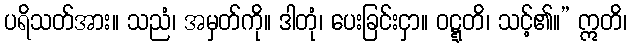
ပရိသတ်အား။ သညံ၊ အမှတ်ကို။ ဒါတုံ၊ ပေးခြင်းငှာ။ ဝဋ္ဋတိ၊ သင့်၏။” ဣတိ၊